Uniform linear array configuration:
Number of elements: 8
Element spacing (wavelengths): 0.25
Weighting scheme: uniform
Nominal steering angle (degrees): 30
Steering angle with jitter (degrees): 31.916
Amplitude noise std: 0.05
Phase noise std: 0.05

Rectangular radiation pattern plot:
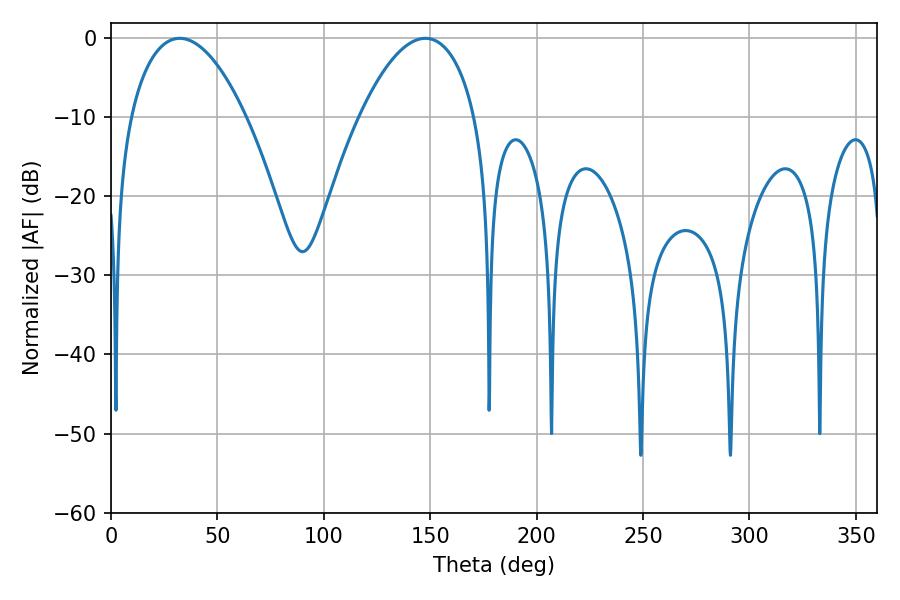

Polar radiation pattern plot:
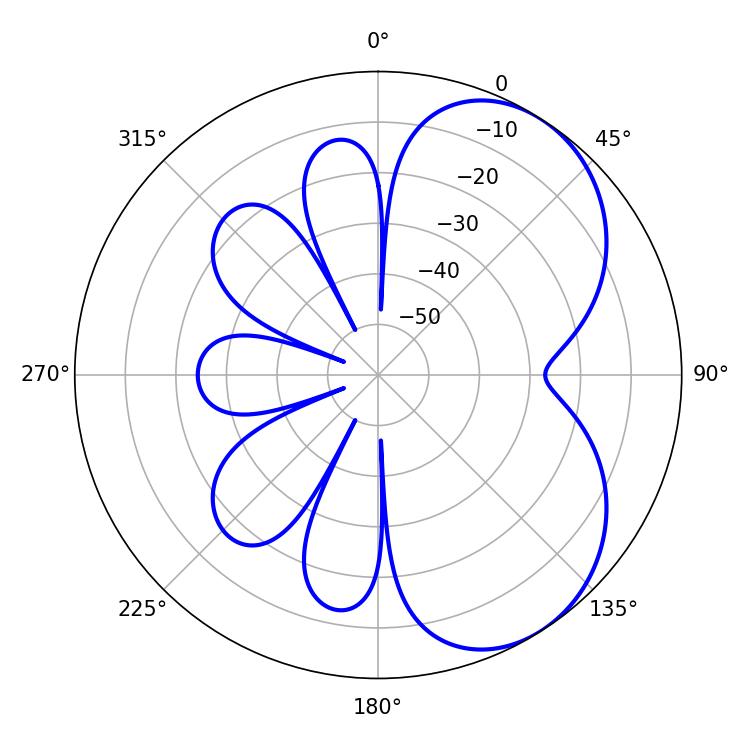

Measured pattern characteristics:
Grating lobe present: FALSE
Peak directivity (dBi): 5.158
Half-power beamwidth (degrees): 30.42
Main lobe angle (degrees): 32.22